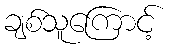
ချစ်သူကြောင့်